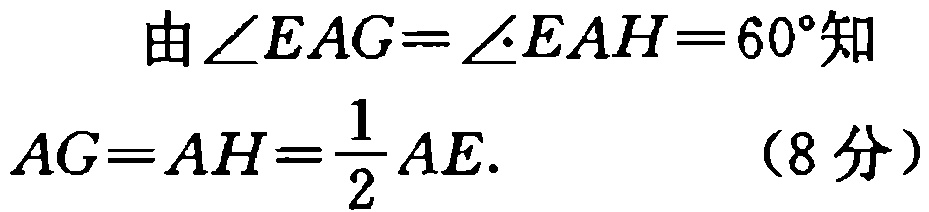
由\(\angle EAG = \angle EAH = 60^{\circ}\)知

\(AG = AH=\frac{1}{2}AE.\) （8分）